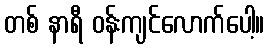
တစ် နာရီ ဝန်းကျင်လောက်ပေါ့။